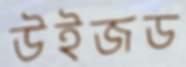
উইজড